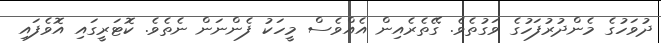
ދުވަހުގެ މެންދުރުފަހުގެ ވަގުތެވެ. ގޭތެރެއިން އެއްވެސް މީހަކު ފެންނަން ނެތެވެ. ކޮޓަރީގައި އޮވެފައި